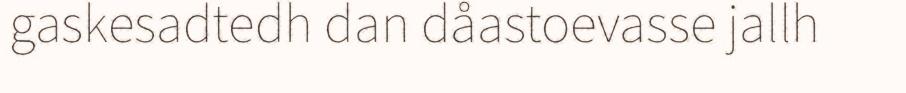
gaskesadtedh dan dåastoevasse jallh